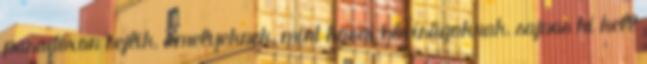
para­doxon rejlik, amelyeknek, mint korai hóvirágoknak, sajnos ki kell